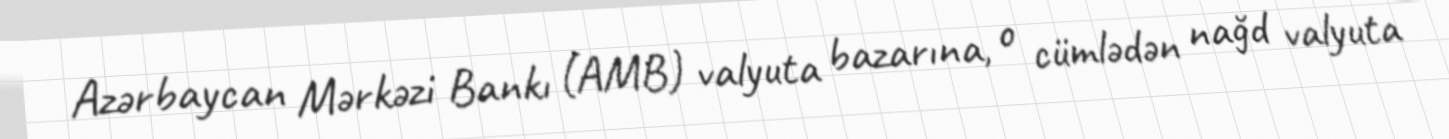
Azərbaycan Mərkəzi Bankı (AMB) valyuta bazarına, o cümlədən nağd valyuta